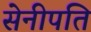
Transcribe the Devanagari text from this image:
सेनीपति